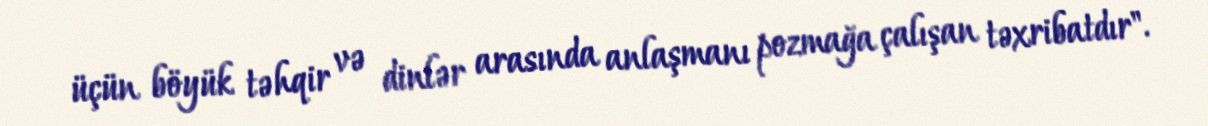
üçün böyük təhqir və dinlər arasında anlaşmanı pozmağa çalışan təxribatdır".